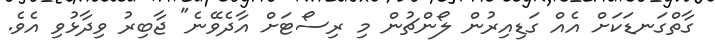
ގާތްގަނޑަކަށް އެއް ގަޑިއިރުން ލޯންޗުން މި ރިސޯޓަށް އާދެވޭނެ" ޖާބިރު ވިދާޅުވި އެވެ.